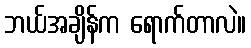
ဘယ်အချိန်က ရောက်တာလဲ။